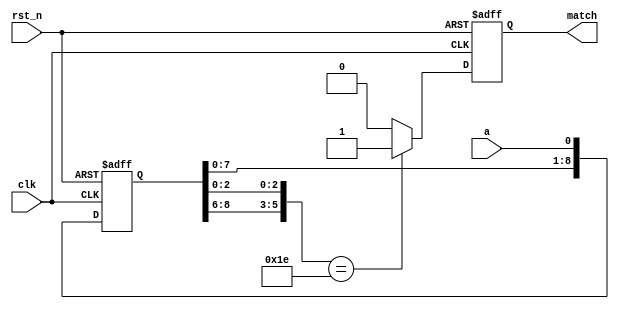
`timescale 1ns / 1ns
module sequence_detect (
    input clk,
    input rst_n,
    input a,
    output reg match
);
    reg match_d;
    reg [8:0] a_tmp;
    always @(posedge clk or negedge rst_n) begin
        if (!rst_n) a_tmp <= 9'b111111111;
        else a_tmp <= {a_tmp[7:0], a};
    end

    always @(*) begin
        casez (a_tmp)
            9'b011???110: match_d = 1;
            default: match_d = 0;
        endcase
    end

    always @(posedge clk or negedge rst_n) begin
        if (!rst_n) match <= 0;
        else match <= match_d;
    end
endmodule